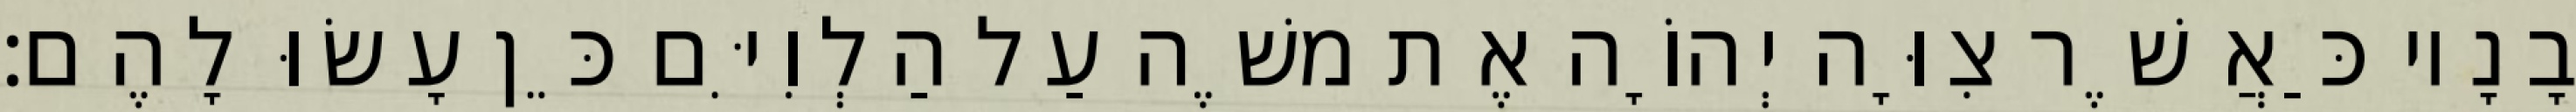
בָנָיו כַּאֲשֶׁר צִוָּה יְהוָֹה אֶת משֶׁה עַל הַלְוִיִּם כֵּן עָשׂוּ לָהֶם׃